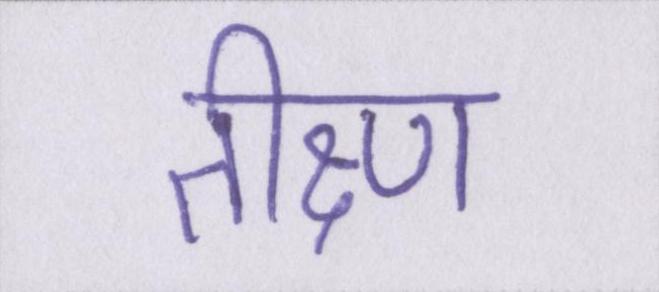
तीक्ष्ण